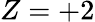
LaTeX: Z=+2